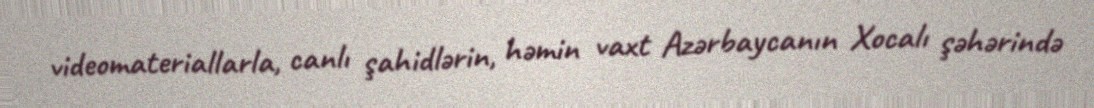
videomateriallarla, canlı şahidlərin, həmin vaxt Azərbaycanın Xocalı şəhərində